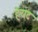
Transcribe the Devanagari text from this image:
हेयट